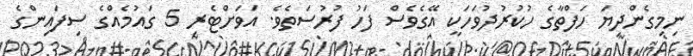
ނިމިގެންދިޔަ ހަފްތާގެ ހުކުރުދުވަހަކީ އޭގެވެސް ފަހު ފުރުސަތެވެ. އަވަށްޓެރި 5 ގައުމެއްގެ ސިފައިންގެ